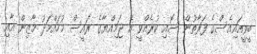
ބީވީއައިއެސްގެ ފަރާތުން ސޮއި ކުރެއްވީ އެ ޖަމިއްޔާގެ ރައީސް މުހައްމަދު މާޒިން އާއި